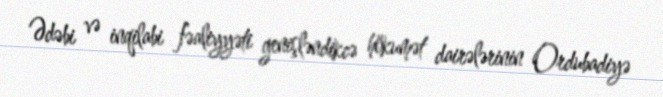
Ədəbi və inqilabi fəaliyyəti genişləndikcə hökumət dairələrinin Ordubadiyə